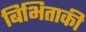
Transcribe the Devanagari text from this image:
बिभिताकी